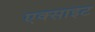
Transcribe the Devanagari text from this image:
एक्साइट